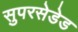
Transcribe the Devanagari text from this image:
सुपरसेडेड